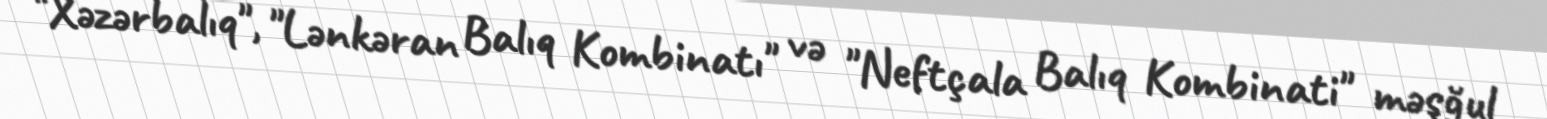
"Xəzərbalıq", "Lənkəran Balıq Kombinatı" və "Neftçala Balıq Kombinati" məşğul